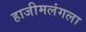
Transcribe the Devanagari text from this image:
हाजीमलंगला